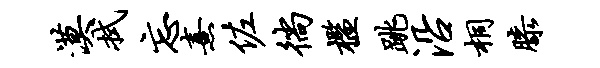
漠拭忘熹佐徜槛跳沿桐膝